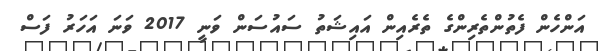
އަންހެން ފެތުންތެރިންގެ ތެރެއިން އައިޝަތު ސައުސަން ވަނީ 2017 ވަނަ އަހަރު ފަސް